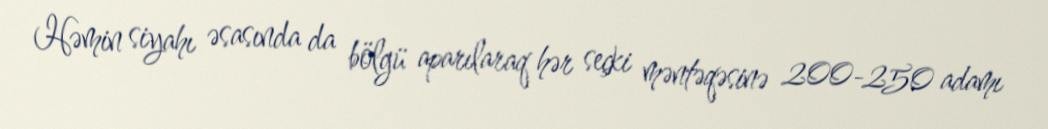
Həmin siyahı əsasında da bölgü aparılaraq hər seçki məntəqəsinə 200-250 adamı